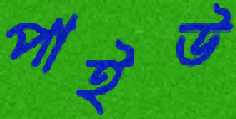
পাইউ